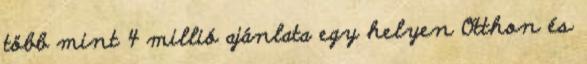
több mint 4 millió ajánlata egy helyen Otthon és